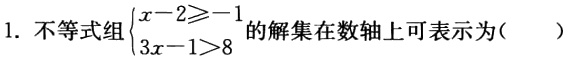
1. 不等式组\(\begin{cases}x - 2\geqslant - 1\\3x - 1>8\end{cases}\)的解集在数轴上可表示为( )